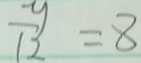
\frac { y } { 1 2 } = 8